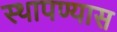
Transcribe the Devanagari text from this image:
स्थापण्यास